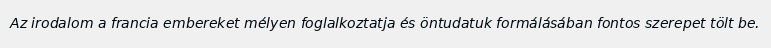
Az irodalom a francia embereket mélyen foglalkoztatja és öntudatuk formálásában fontos szerepet tölt be.